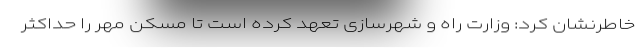
خاطرنشان کرد: وزارت راه و شهرسازی تعهد کرده است تا مسکن مهر را حداکثر